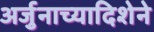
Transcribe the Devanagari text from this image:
अर्जुनाच्यादिशेने